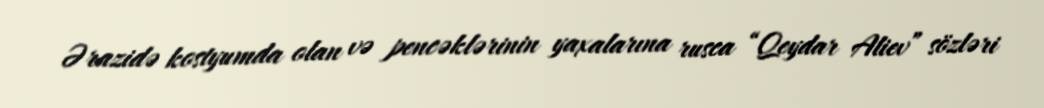
Ərazidə kostyumda olan və pencəklərinin yaxalarına rusca “Qeydar Aliev” sözləri